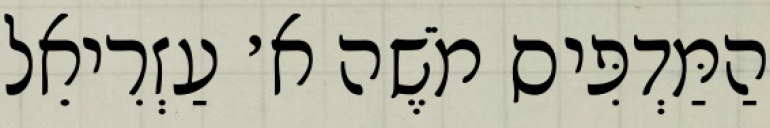
הַמַּדְפִּיס מֹשֶׁה א׳ עַזְרִיאֵל